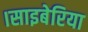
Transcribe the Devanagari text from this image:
।साइबेरिया